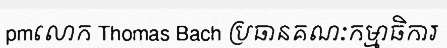
pmលោក Thomas Bach ប្រធានគណៈកម្មាធិការ